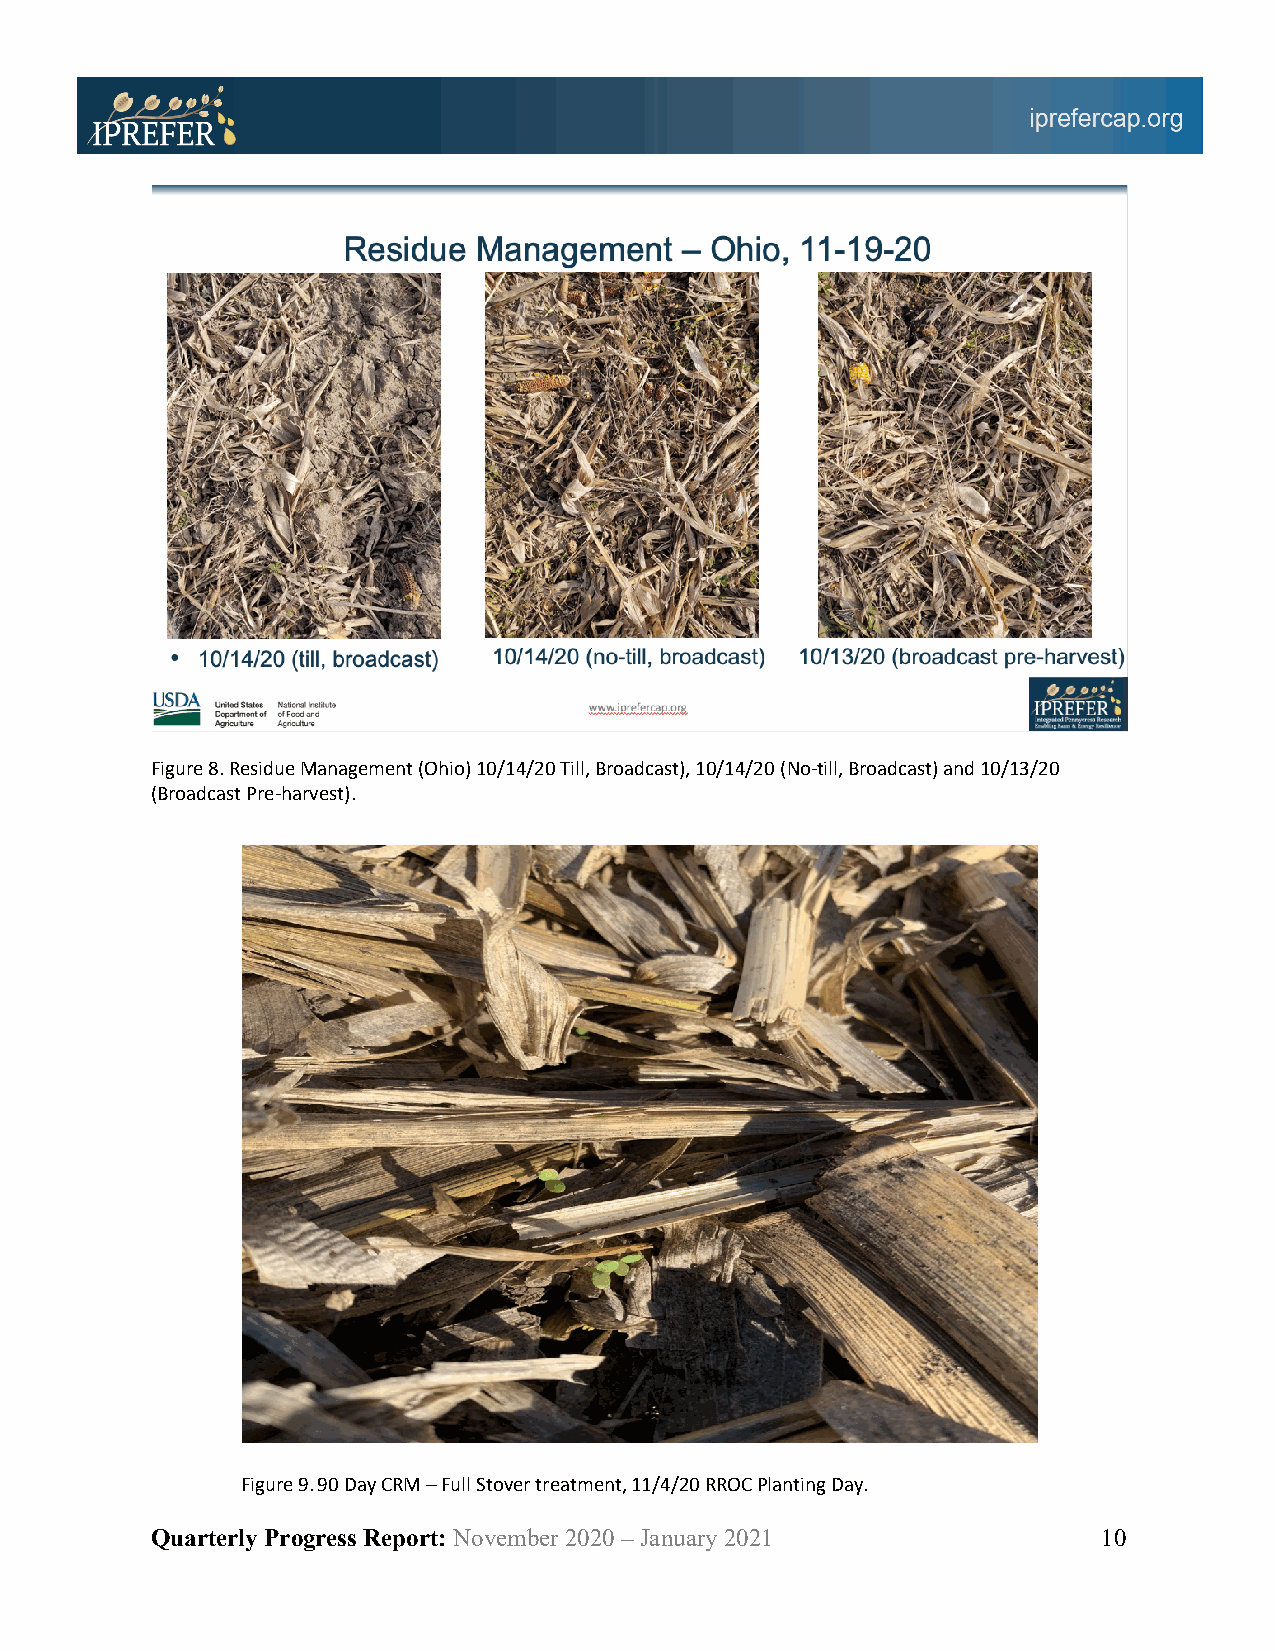
Figure 8. Residue Management (Ohio) 10/14/20 Till, Broadcast), 10/14/20 (No-till, Broadcast) and 10/13/20
 (Broadcast Pre-harvest).
 Figure 9. 90 Day CRM – Full Stover treatment, 11/4/20 RROC Planting Day.
 Quarterly Progress Report: November 2020 – January 2021        10